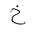
Letter: _kha